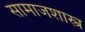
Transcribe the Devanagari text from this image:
सामाजशास्त्र